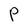
Character: P